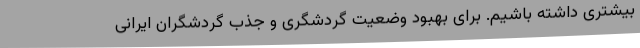
بیشتری داشته باشیم. برای بهبود وضعیت گردشگری و جذب گردشگران ایرانی